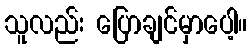
သူလည်း ပြောချင်မှာပေါ့။